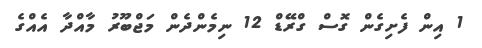
1 އިން ފެށިގެން ގޮސް ގްރޭޑް 12 ނިމެންދެން މަޖްބޫރު މާއްދާ އެއްގެ